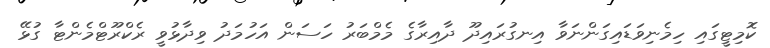
ކޮމިޓީގައި ހިމެނިވަޑައިގަންނަވާ އިނގުރައިދޫ ދާއިރާގެ މެމްބަރު ހަސަން އަހުމަދު ވިދާޅުވީ ރެކްރޫޓްމެންޓާ ގުޅޭ